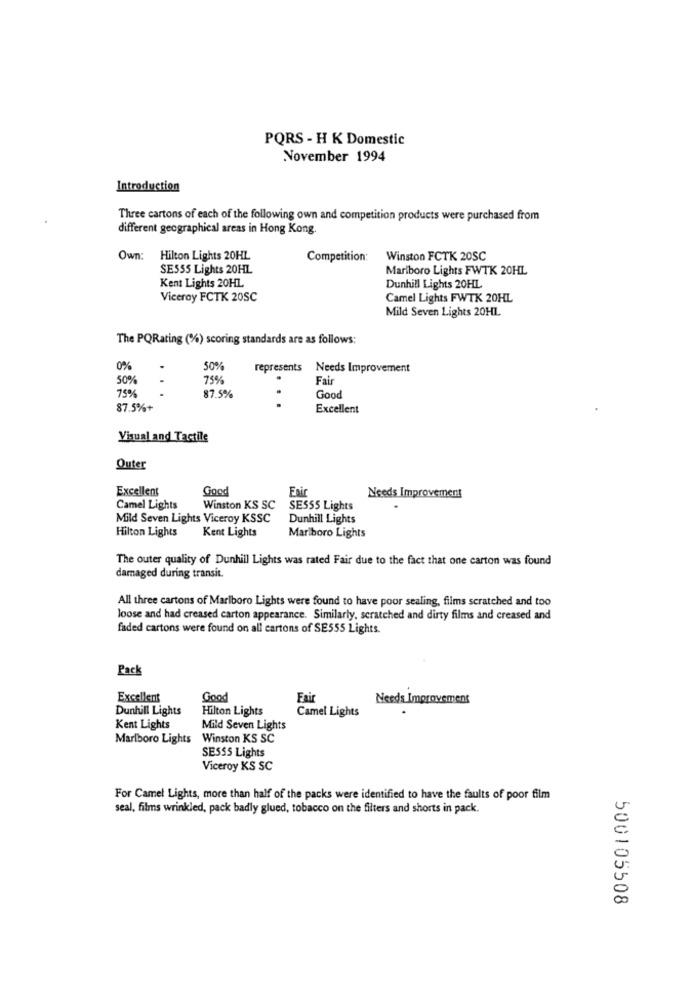
PQRS - H K Domestic
November 1994
Introduction
Three cartons of each of the following own and competition products were purchased from
different geographical areas in Hong Kong.
Own:
Hilton Lights 20HL
Competition:
Winston FCTK 20SC
SE555 Lights 20HL
Marlboro Lights FWTK 20HL
Kent Lights 20HL
Dunhill Lights 20HL
Viceroy FCTK 20SC
Camel Lights FWTK 20HL
Mild Seven Lights 20HL
The PQRating (%) scoring standards are as follows:
0%
50%
represents Needs Improvement
50%
.
75%
Fai
75%
87.5%
.
Good
87.5%+
Excellent
Visual and Tactile
Outer
Excellent
Good
Fair
Needs Improvement
Camel Lights
Winston KS SC
SE555 Lights
Mild Seven Lights Viceroy KSSC
Dunhill Lights
Hilton Lights
Kent Lights
Marlboro Lights
The outer quality of Dunhill Lights was rated Fair due to the fact that one carton was found
damaged during transit.
All three cartons of Marlboro Lights were found to have poor sealing, films scratched and too
loose and had creased carton appearance. Similarly, scratched and dirty films and creased and
faded cartons were found on all cartons of SE555 Lights.
Pack
Excellent
Good
Fai
Needs Improvement
Dunhill Lights
Hilton Lights
Camel Lights
Kent Lights
Mild Seven Lights
Marlboro Lights Winston KS SC
SESSS Lights
Viceroy KS SC
For Camel Lights, more than half of the packs were identified to have the faults of poor film
seal, films wrinkled, pack badly glued, tobacco on the filters and shorts in pack.
500105508